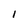
Character: l